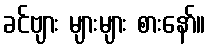
ခင်ဗျား များများ စားနော်။